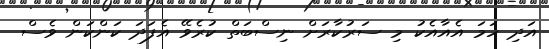
އަދި ހަމަ އެއާއެކު މި ސަރުކާރަށް ނިސްބަތް ކުރެވޭ އެފަދަ ކަންކަން ވެސް